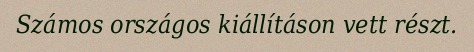
Számos országos kiállításon vett részt.